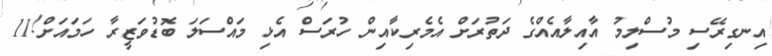
އިނގިރޭސި މުސްލިމު އާއިލާއެއްގެ ދަތުރަށް އެމެރިކާއިން ހުރަސް އެޅި މައްސަލަ ބޮޑުވަޒީރާ ހަމައަށް!11